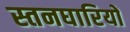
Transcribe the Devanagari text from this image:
स्तनघारियों